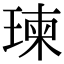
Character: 瑓